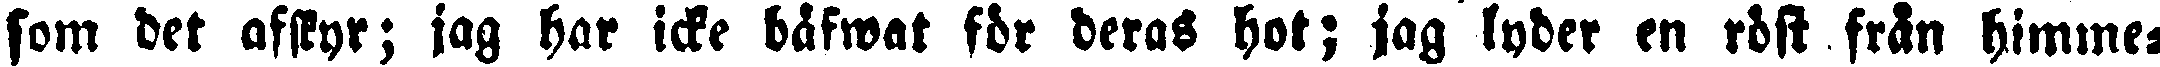
som det afskyr; jag har icke bäfwat för deras hot; jag lyder en röst från himme-